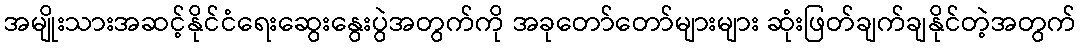
အမျိုးသားအဆင့်နိုင်ငံရေးဆွေးနွေးပွဲအတွက်ကို အခုတော်တော်များများ ဆုံးဖြတ်ချက်ချနိုင်တဲ့အတွက်